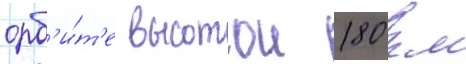
орб'и́т'е высотои 180 км